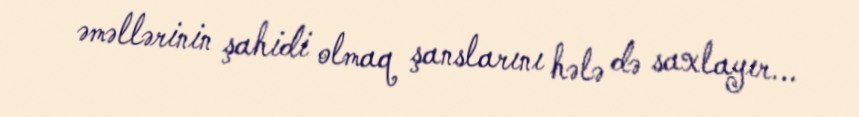
əməllərinin şahidi olmaq şanslarını hələ də saxlayır...